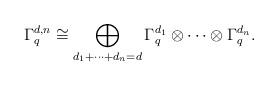
LaTeX: \begin{align*}\Gamma_q^{d,n}\cong\bigoplus_{d_1+\cdots+d_n=d}\Gamma_q^{d_1}\otimes\cdots\otimes\Gamma_q^{d_n}.\end{align*}